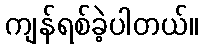
ကျန်ရစ်ခဲ့ပါတယ်။